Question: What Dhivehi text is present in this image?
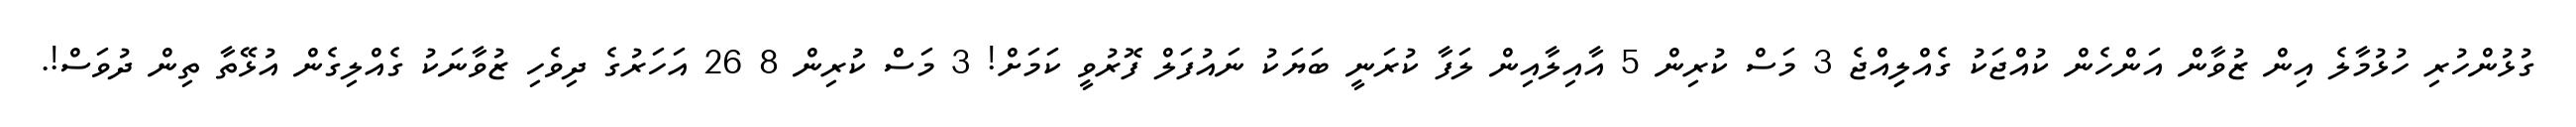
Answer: ގުޅުންހުރި ހުޅުމާލެ އިން ޒުވާން އަންހެން ކުއްޖަކު ގެއްލިިއްޖެ 3 މަސް ކުރިން 5 އާއިލާއިން ލަފާ ކުރަނީ ބަޔަކު ނައުފަލް ފޮރުވީ ކަމަށް! 3 މަސް ކުރިން 8 26 އަހަރުގެ ދިވެހި ޒުވާނަކު ގެއްލިގެން އުޅޭތާ ތިން ދުވަސް!.